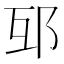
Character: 𨚎